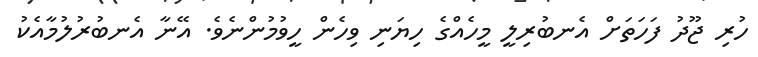
ހުރި ޖޫދު ފަހަތަށް އެނބުރިލީ މީހެއްގެ ހިޔަނި ވިހެން ހީވުމުންނެވެ. އޭނާ އެނބުރުލުމާއެކު